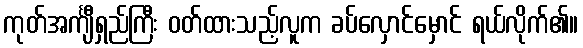
ကုတ်အင်္ကျီရှည်ကြီး ဝတ်ထားသည့်လူက ခပ်လှောင်မှောင် ရယ်လိုက်၏။